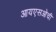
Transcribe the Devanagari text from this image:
आयएसओची